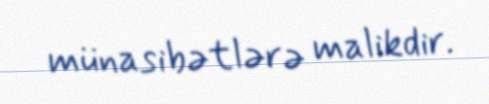
münasibətlərə malikdir.